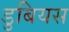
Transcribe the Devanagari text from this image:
डुबियस